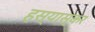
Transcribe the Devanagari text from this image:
हस्यास्कर